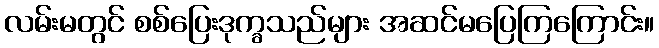
လမ်းမတွင် စစ်ပြေးဒုက္ခသည်များ အဆင်မပြေကြကြောင်း။